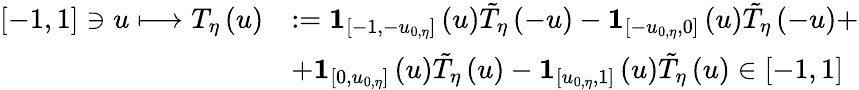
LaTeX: \begin{array}{rl}{\left[-1,1\right]\ni u\longmapsto T_{\eta}\left(u\right)}&{:=\mathbf{1}_{\left[-1,-u_{0,\eta}\right]}\left(u\right)\tilde{T}_{\eta}\left(-u\right)-\mathbf{1}_{\left[-u_{0,\eta},0\right]}\left(u\right)\tilde{T}_{\eta}\left(-u\right)+}\\ &{+\mathbf{1}_{\left[0,u_{0,\eta}\right]}\left(u\right)\tilde{T}_{\eta}\left(u\right)-\mathbf{1}_{\left[u_{0,\eta},1\right]}\left(u\right)\tilde{T}_{\eta}\left(u\right)\in\left[-1,1\right]}\end{array}